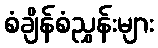
စံချိန်စံညွှန်းများ